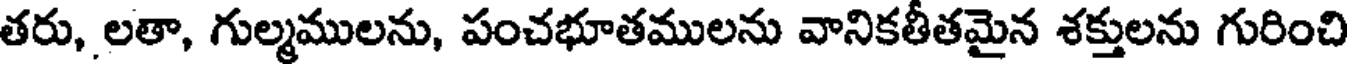
తరు, లతా, గుల్మములను, పంచభూతములను వానికతీతమైన శక్తులను గురించి